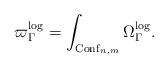
LaTeX: \begin{align*} \varpi_\Gamma^{{\rm log}} = \int_{{\rm Conf}_{n,m}} \Omega_\Gamma^{{\rm log}} . \end{align*}